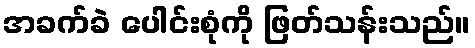
အခက်ခဲ ပေါင်းစုံကို ဖြတ်သန်းသည်။